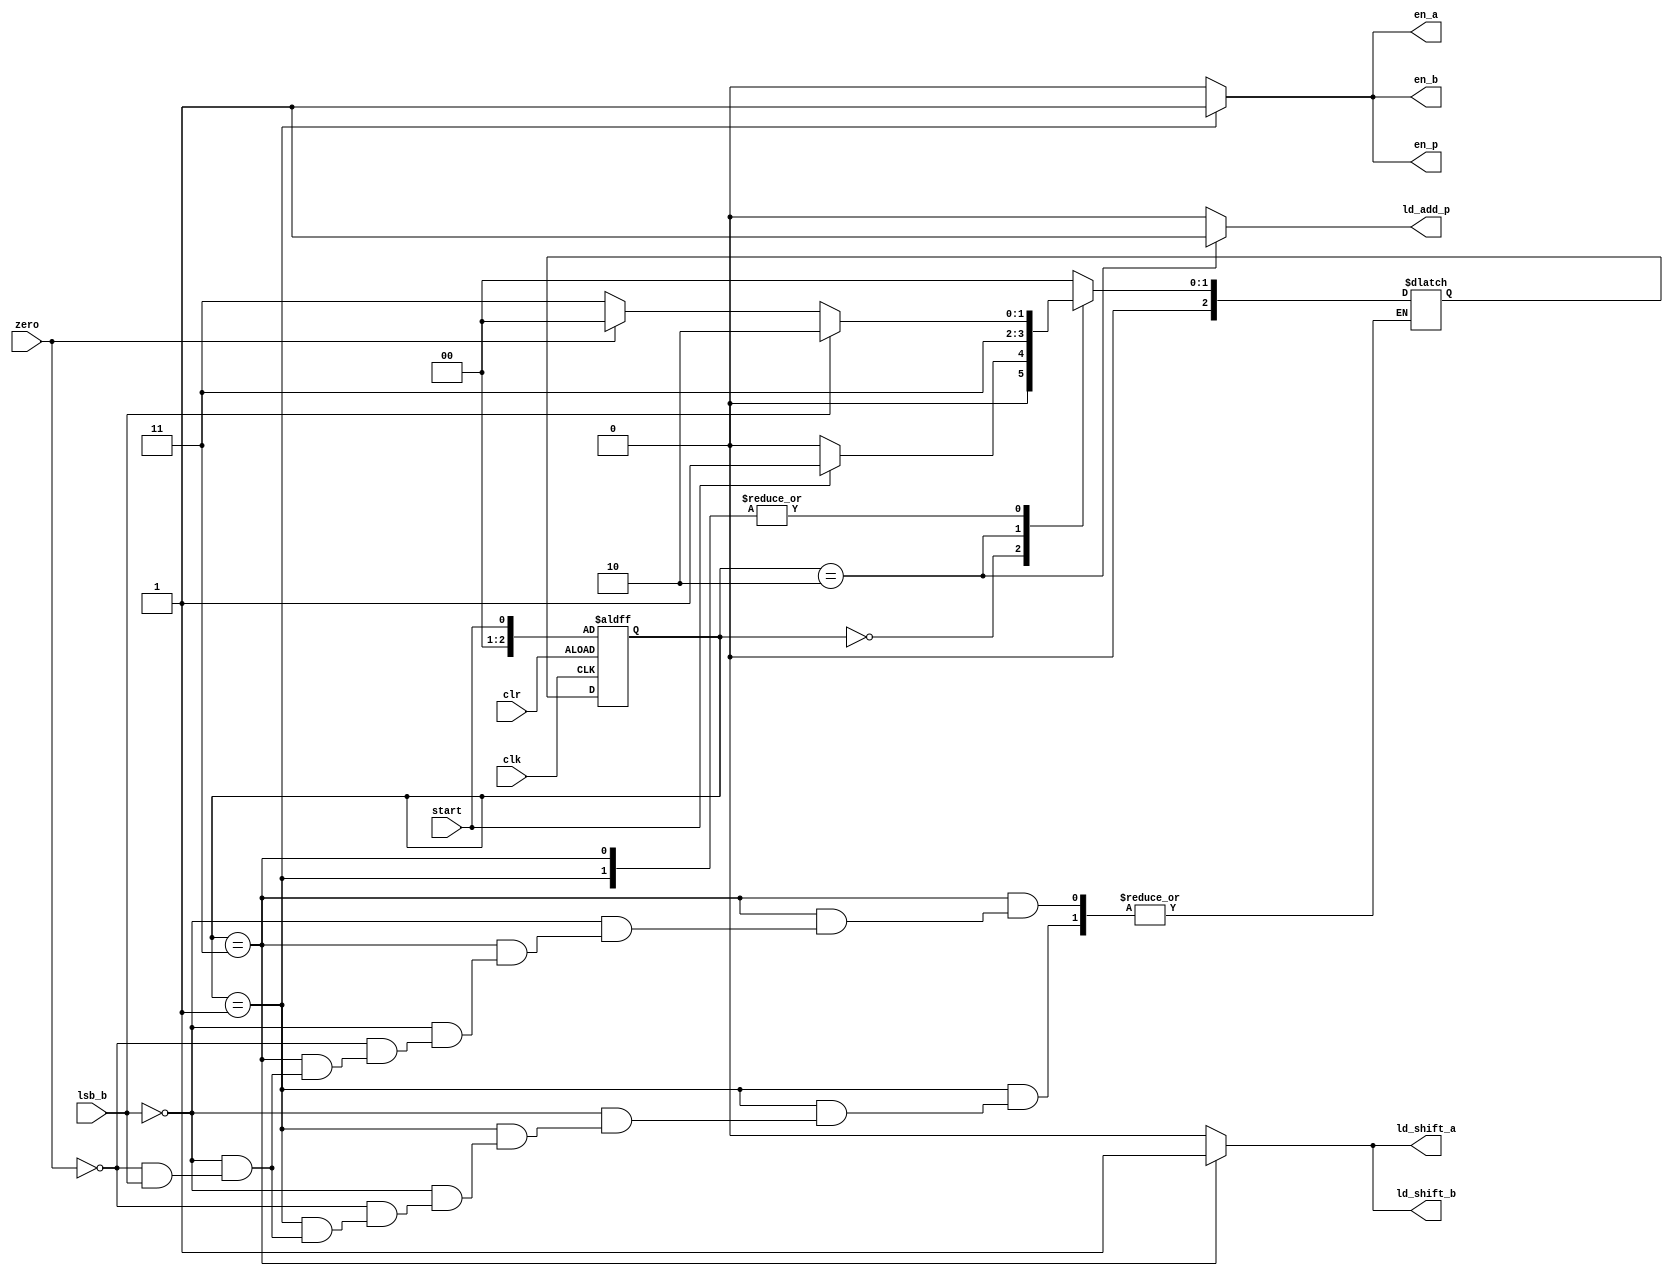
`timescale 1ns / 1ps

module Seq_Mult_Controller(
    input clk,
    input clr,
    input start,
    input zero, lsb_b,
    output reg en_a, ld_shift_a,
    output reg en_b, ld_shift_b,
    output reg en_p, ld_add_p
 );
    
    // State variables and values
    reg [2:0] pres, next;
    parameter idle = 2'b00, load = 2'b01, add = 2'b10, shift = 2'b11;

    // State registers update block
    always @(posedge clk or posedge clr) begin
        if (clr == 1)
            pres <= start;
        else
            pres <= next;
    end
    
    // next state combinational logic -- implementing state diagram
    always @(*) begin
        case(pres)
            idle:
                if (start)
                    next = load;
                else
                    next = idle;
            load:
                if (lsb_b)
                    next = add;
                else if (zero)
                    next = idle;
                else if (~lsb_b)
                    next = shift;
            add:
                next = shift;
            shift:
                if (lsb_b)
                    next = add;
                else if (zero)
                    next = idle;
                else if (~lsb_b)
                    next = shift;
            default next = idle;
        endcase
    end
    
    // Implementing output combinational logic for Moore machine state diagram
    always @(*) begin
        en_a = 0; en_b = 0; en_p = 0;
        ld_shift_a = 0; ld_shift_b = 0; ld_add_p = 0;
        case (pres)
            load:   begin
                        en_a = 1;
                        en_b = 1;
                        en_p = 1;
                    end
            add:    ld_add_p = 1;
            shift:  begin
                        ld_shift_a = 1;
                        ld_shift_b = 1;
                    end
            default ;
        endcase
    end
    
endmodule